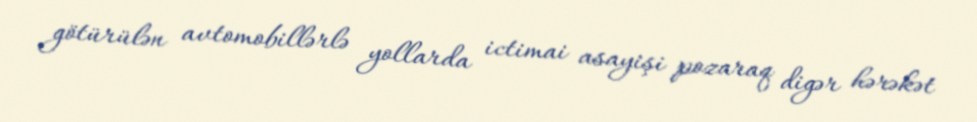
götürülən avtomobillərlə yollarda ictimai asayişi pozaraq digər hərəkət